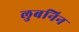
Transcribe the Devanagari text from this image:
लुबनिन